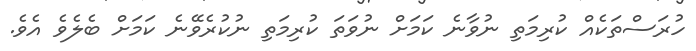
ހުރަސްތަކެއް ކުރިމަތި ނުވާނެ ކަމަށް ނުވަތަ ކުރިމަތި ނުކުރެވޭނެ ކަމަށް ބެލެވެ އެވެ.